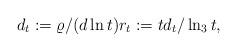
LaTeX: \begin{align*}d_t := \varrho/(d \ln t) r_t := t d_t / \ln_3 t ,\end{align*}